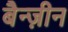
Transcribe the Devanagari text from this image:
बैन्ज़ीन